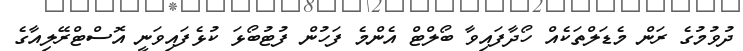
ދުވުމުގެ ރަން މެޑަލްތަކެއް ހޯދާފައިވާ ބޯލްޓް އެންމެ ފަހުން ފުޓުބޯޅަ ކުޅެފައިވަނީ އޮސްޓްރޭލިއާގެ